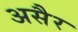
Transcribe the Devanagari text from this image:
असैर